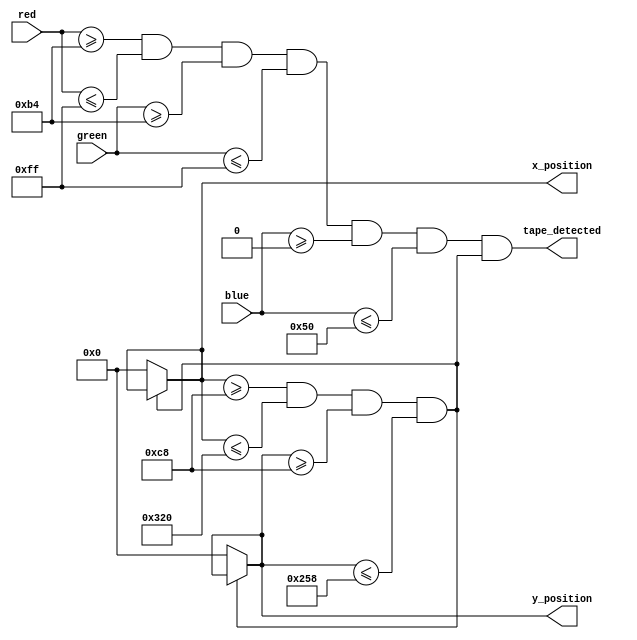
module ColorDetector (
  input wire [7:0] red,
  input wire [7:0] green,
  input wire [7:0] blue,
  output wire tape_detected,
  output wire [9:0] x_position,
  output wire [9:0] y_position
);

  // Define the acceptable RGB range for yellow
  parameter YELLOW_MIN_R = 180;
  parameter YELLOW_MAX_R = 255;
  parameter YELLOW_MIN_G = 180;
  parameter YELLOW_MAX_G = 255;
  parameter YELLOW_MIN_B = 0;
  parameter YELLOW_MAX_B = 80;

  // Define parameters for tape region
  parameter TAPE_X_START = 200;
  parameter TAPE_X_END = 800;
  parameter TAPE_Y_START = 200;
  parameter TAPE_Y_END = 600;

  wire is_yellow;

  assign is_yellow = (
    (red >= YELLOW_MIN_R) && (red <= YELLOW_MAX_R) &&
    (green >= YELLOW_MIN_G) && (green <= YELLOW_MAX_G) &&
    (blue >= YELLOW_MIN_B) && (blue <= YELLOW_MAX_B)
  );

  wire is_in_tape_region;

  assign is_in_tape_region = (
    (x_position >= TAPE_X_START) && (x_position <= TAPE_X_END) &&
    (y_position >= TAPE_Y_START) && (y_position <= TAPE_Y_END)
  );

  // Logic for tape detection and position
  assign tape_detected = is_yellow && is_in_tape_region;
  assign x_position = is_in_tape_region ? x_position : 10'b0;
  assign y_position = is_in_tape_region ? y_position : 10'b0;

endmodule